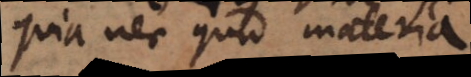
quia nec quid materia.